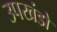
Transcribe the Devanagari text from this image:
उपखंडो